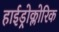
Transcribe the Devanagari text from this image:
हाईड्रोक्लोरिक